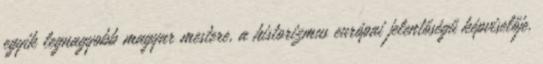
egyik legnagyobb magyar mestere, a historizmus európai jelentőségű képviselője.